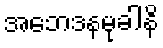
အဘေဒနမုခါနိ